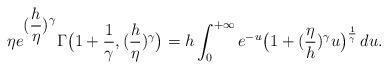
LaTeX: \begin{align*}\eta e^{\displaystyle(\frac{h}{\eta})^\gamma}\Gamma\big( 1+\frac{1}{\gamma},(\frac{h}{\eta})^\gamma\big)=h\int_0^{+\infty}e^{-u}\big( 1+(\frac{\eta}{h})^\gamma u\big )^{\frac{1}{\gamma}}\,du.\end{align*}